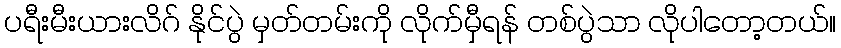
ပရီးမီးယားလိဂ် နိုင်ပွဲ မှတ်တမ်းကို လိုက်မှီရန် တစ်ပွဲသာ လိုပါတော့တယ်။